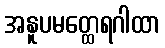
အနူပမတ္ထေရဂါထာ